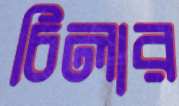
চিলার